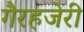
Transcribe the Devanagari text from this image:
गैरहजेरी